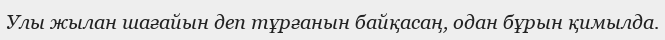
Улы жылан шағайын деп тұрғанын байқасаң, одан бұрын қимылда.